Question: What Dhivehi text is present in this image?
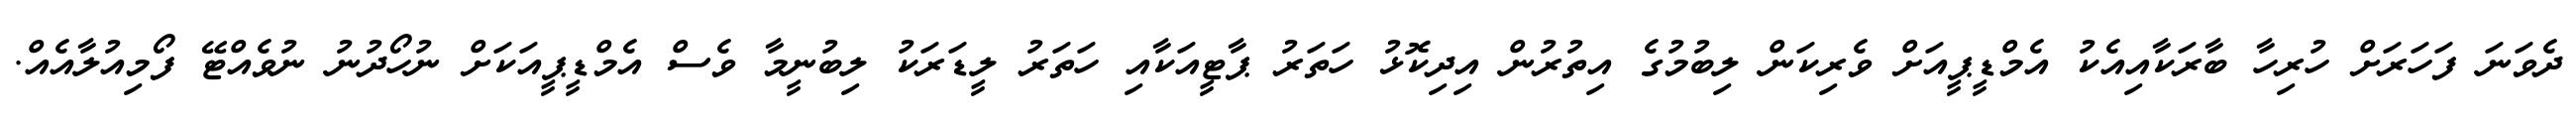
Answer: ދެވަނަ ފަހަރަށް ހުރިހާ ބާރަކާއިއެކު އެމްޑީޕީއަށް ވެރިކަން ލިބުމުގެ އިތުރުން އިދިކޮޅު ހަތަރު ޕާޓީއަކާއި ހަތަރު ލީޑަރަކު ލިބުނީމާ ވެސް އެމްޑީޕީއަކަށް ނުހޯދުނު ނުވެއްޓޭ ފޯމިއުލާއެއް.